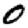
Digit: 0